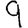
Digit: 9